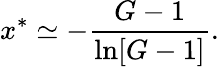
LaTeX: x^{*}\simeq-{\frac{G-1}{\ln[G-1]}}.